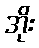
အိုး